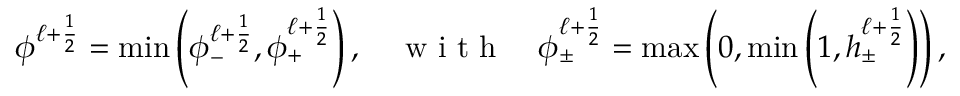
\phi ^ { \ell + \frac { 1 } { 2 } } = \operatorname* { m i n } \left( \phi _ { - } ^ { \ell + \frac { 1 } { 2 } } , \phi _ { + } ^ { \ell + \frac { 1 } { 2 } } \right) , \quad \textnormal { w i t h } \quad \phi _ { \pm } ^ { \ell + \frac { 1 } { 2 } } = \operatorname* { m a x } \left( 0 , \operatorname* { m i n } \left( 1 , h _ { \pm } ^ { \ell + \frac { 1 } { 2 } } \right) \right) ,